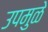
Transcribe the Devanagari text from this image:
उपमुळे